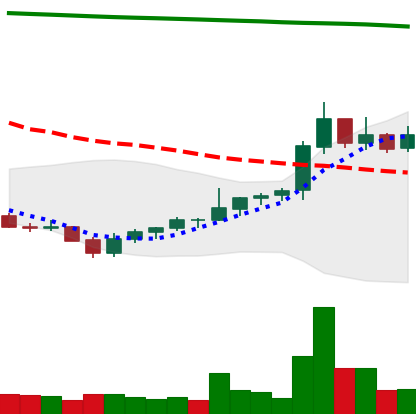
Ticker: NEO-USD
Chart end date: 2021-08-04
Forward return: 7.122%
Label: up_7plus